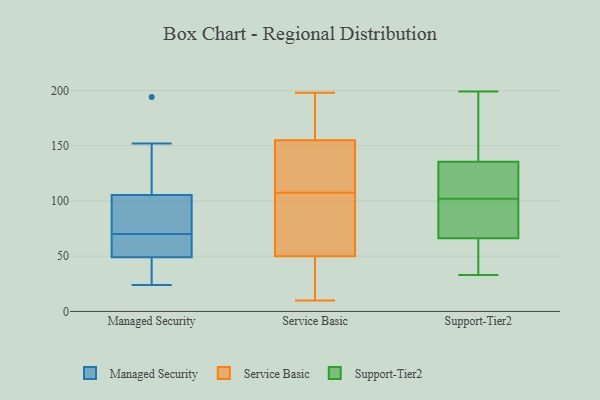
{"axis": {"x": "Population (Million)", "y": "Value"}, "legend": ["Managed Security", "Service Basic", "Support-Tier2"], "data": [{"x": "", "y": 24, "type": "Managed Security"}, {"x": "", "y": 194, "type": "Managed Security"}, {"x": "", "y": 47, "type": "Managed Security"}, {"x": "", "y": 152, "type": "Managed Security"}, {"x": "", "y": 92, "type": "Managed Security"}, {"x": "", "y": 70, "type": "Managed Security"}, {"x": "", "y": 55, "type": "Managed Security"}, {"x": "", "y": 110, "type": "Managed Security"}, {"x": "", "y": 28, "type": "Managed Security"}, {"x": "", "y": 90, "type": "Managed Security"}, {"x": "", "y": 64, "type": "Managed Security"}, {"x": "", "y": 10, "type": "Service Basic"}, {"x": "", "y": 31, "type": "Service Basic"}, {"x": "", "y": 109, "type": "Service Basic"}, {"x": "", "y": 22, "type": "Service Basic"}, {"x": "", "y": 166, "type": "Service Basic"}, {"x": "", "y": 102, "type": "Service Basic"}, {"x": "", "y": 176, "type": "Service Basic"}, {"x": "", "y": 44, "type": "Service Basic"}, {"x": "", "y": 75, "type": "Service Basic"}, {"x": "", "y": 154, "type": "Service Basic"}, {"x": "", "y": 185, "type": "Service Basic"}, {"x": "", "y": 80, "type": "Service Basic"}, {"x": "", "y": 118, "type": "Service Basic"}, {"x": "", "y": 146, "type": "Service Basic"}, {"x": "", "y": 106, "type": "Service Basic"}, {"x": "", "y": 34, "type": "Service Basic"}, {"x": "", "y": 156, "type": "Service Basic"}, {"x": "", "y": 56, "type": "Service Basic"}, {"x": "", "y": 124, "type": "Service Basic"}, {"x": "", "y": 198, "type": "Service Basic"}, {"x": "", "y": 94, "type": "Support-Tier2"}, {"x": "", "y": 66, "type": "Support-Tier2"}, {"x": "", "y": 68, "type": "Support-Tier2"}, {"x": "", "y": 137, "type": "Support-Tier2"}, {"x": "", "y": 131, "type": "Support-Tier2"}, {"x": "", "y": 104, "type": "Support-Tier2"}, {"x": "", "y": 112, "type": "Support-Tier2"}, {"x": "", "y": 172, "type": "Support-Tier2"}, {"x": "", "y": 33, "type": "Support-Tier2"}, {"x": "", "y": 199, "type": "Support-Tier2"}, {"x": "", "y": 35, "type": "Support-Tier2"}, {"x": "", "y": 164, "type": "Support-Tier2"}, {"x": "", "y": 102, "type": "Support-Tier2"}, {"x": "", "y": 67, "type": "Support-Tier2"}, {"x": "", "y": 35, "type": "Support-Tier2"}]}